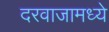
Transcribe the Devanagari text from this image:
दरवाजामध्ये